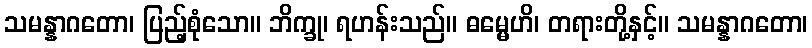
သမန္နာဂတော၊ ပြည့်စုံသော။ ဘိက္ခု၊ ရဟန်းသည်။ ဓမ္မေဟိ၊ တရားတို့နှင့်။ သမန္နာဂတော၊